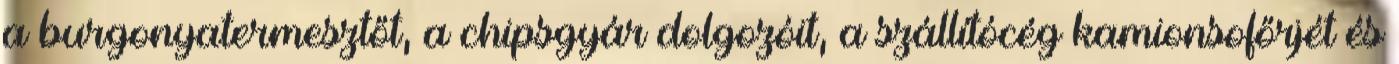
a burgonyatermesztőt, a chipsgyár dolgozóit, a szállítócég kamionsofőrjét és